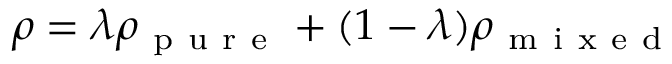
\rho = \lambda \rho _ { \mathrm { ~ p ~ u ~ r ~ e ~ } } + ( 1 - \lambda ) \rho _ { \mathrm { ~ m ~ i ~ x ~ e ~ d ~ } }